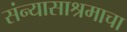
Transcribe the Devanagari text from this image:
संन्यासाश्रमाचा